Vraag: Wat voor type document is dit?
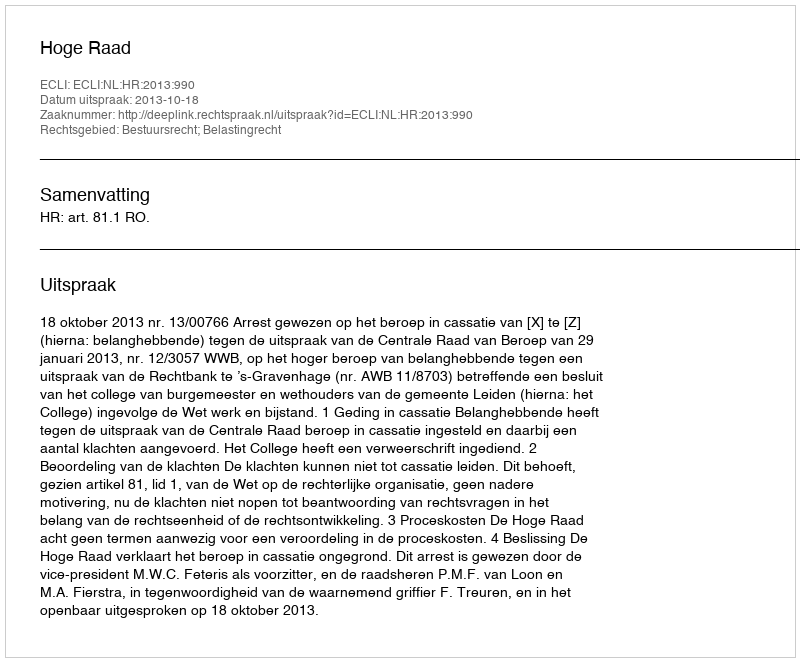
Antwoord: Uitspraak